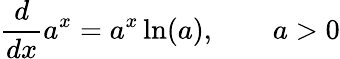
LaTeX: {\frac{d}{dx}}a^{x}=a^{x}\ln(a),\qquad a>0